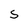
Character: S